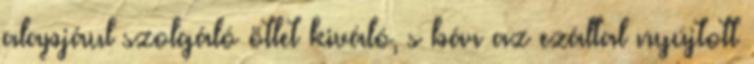
alapjául szolgáló ötlet kiváló, s bár az ezáltal nyújtott